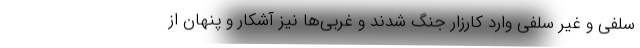
سلفی و غیر سلفی وارد کارزار جنگ شدند و غربی‌ها نیز آشکار و پنهان از